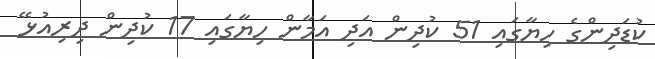
ކުޑަދިންގެ ހިޔާގައި 51 ކުދިން އަދި އަމާން ހިޔާގައި 17 ކުދިން ދިރިއުޅޭ